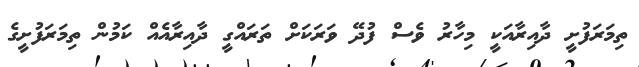
ތިމަރަފުށީ ދާއިރާއަކީ މިހާރު ވެސް ފުދޭ ވަރަކަށް ތަރައްގީ ދާއިރާއެއް ކަމުން ތިމަރަފުށީގެ